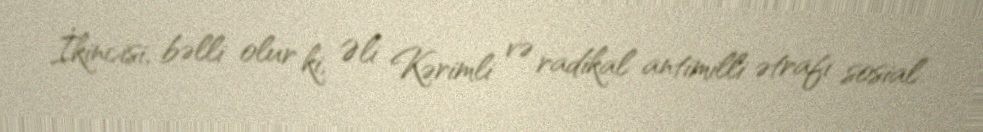
İkincisi, bəlli olur ki, Əli Kərimli və radikal antimilli ətrafı sosial